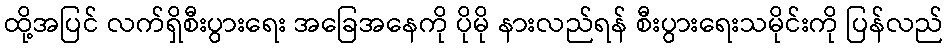
ထို့အပြင် လက်ရှိစီးပွားရေး အခြေအနေကို ပိုမို နားလည်ရန် စီးပွားရေးသမိုင်းကို ပြန်လည်